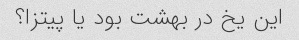
این یخ در بهشت بود یا پیتزا؟